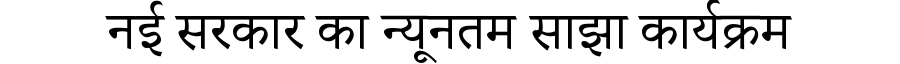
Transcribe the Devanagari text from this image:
नई सरकार का न्यूनतम साझा कार्यक्रम